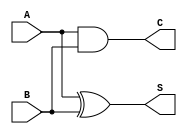
module HalfAdder (
    input wire A,    // First input bit
    input wire B,    // Second input bit
    output wire S,   // Sum output
    output wire C    // Carry output
);

// Assign the sum output using XOR
assign S = A ^ B;

// Assign the carry output using AND
assign C = A & B;

endmodule